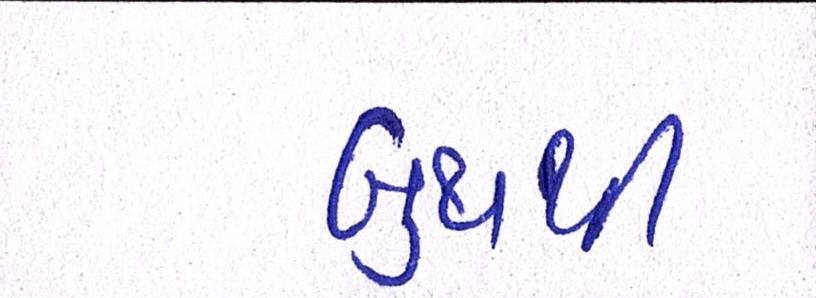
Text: બુથથી